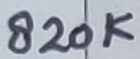
Text: 820K